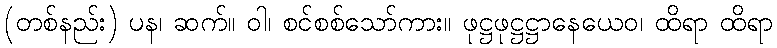
(တစ်နည်း) ပန၊ ဆက်။ ဝါ၊ စင်စစ်သော်ကား။ ဖုဋ္ဌဖုဋ္ဌဋ္ဌာနေယေဝ၊ ထိရာ ထိရာ